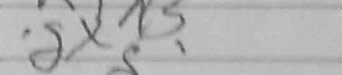
Transcription: dxh3